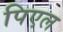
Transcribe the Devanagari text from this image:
पिएल